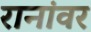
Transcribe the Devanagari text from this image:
रानांवर